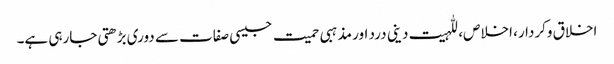
اخلاق وکردار، اخلاص، للہیت دینی درد اور مذہبی حمیت جیسی صفات سے دوری بڑھتی جارہی ہے۔